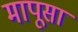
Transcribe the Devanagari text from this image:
मापूसा